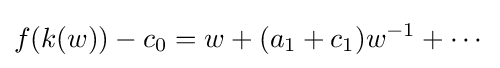
f(k(w))-c_{0}=w+(a_{1}+c_{1})w^{-1}+\cdots